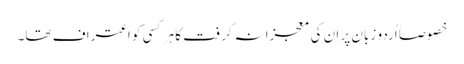
خصوصاً اُردو زبان پر ان کی معجزانہ گرفت کا ہر کسی کو اعتراف تھا۔